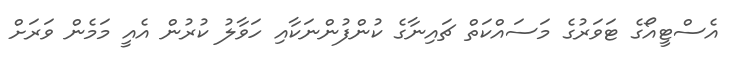
އެސްޓީއޯގެ ޓަވަރުގެ މަސައްކަތް ޗައިނާގެ ކުންފުންނަކާއި ހަވާލު ކުރުން އެއީ މަމެން ވަރަށް